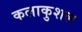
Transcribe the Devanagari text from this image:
कलाकुशल